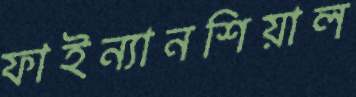
ফাইন্যানশিয়াল